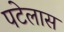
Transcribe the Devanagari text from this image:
पटेलास